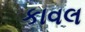
કાવલ